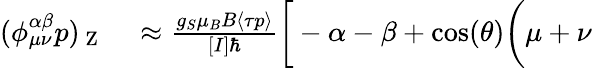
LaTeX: \begin{array}{rl}{(\phi_{\mu\nu}^{\alpha\beta}p)_{\mathrm{~Z~}}}&{{}\approx\frac{g_{S}\mu_{B}B\langle\tau p\rangle}{[I]\hbar}\bigg[-\alpha-\beta+\cos(\theta)\bigg(\mu+\nu}\end{array}